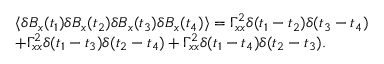
\begin{array} { r l } & { \langle \delta B _ { x } ( t _ { 1 } ) \delta B _ { x } ( t _ { 2 } ) \delta B _ { x } ( t _ { 3 } ) \delta B _ { x } ( t _ { 4 } ) \rangle = \Gamma _ { x x } ^ { 2 } \delta ( t _ { 1 } - t _ { 2 } ) \delta ( t _ { 3 } - t _ { 4 } ) } \\ & { + \Gamma _ { x x } ^ { 2 } \delta ( t _ { 1 } - t _ { 3 } ) \delta ( t _ { 2 } - t _ { 4 } ) + \Gamma _ { x x } ^ { 2 } \delta ( t _ { 1 } - t _ { 4 } ) \delta ( t _ { 2 } - t _ { 3 } ) . } \end{array}